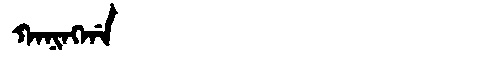
Manchu: ᡴᠠᠨᡳᠩᡤᠠ
Romanization: KANINGGA